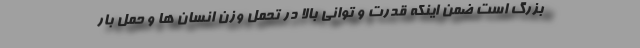
بزرگ است ضمن اینکه قدرت و توانی بالا در تحمل وزن انسان ها و حمل بار